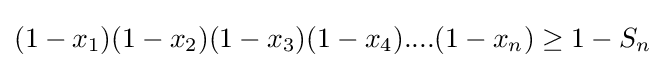
(1-x_{1})(1-x_{2})(1-x_{3})(1-x_{4})....(1-x_{n})\geq 1-S_{n}